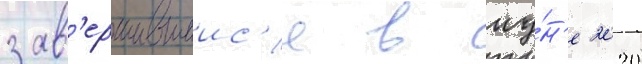
зав'ершившиис'я в иу́н'е 2020